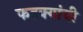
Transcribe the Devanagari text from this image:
फडक्यांची